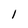
Character: l